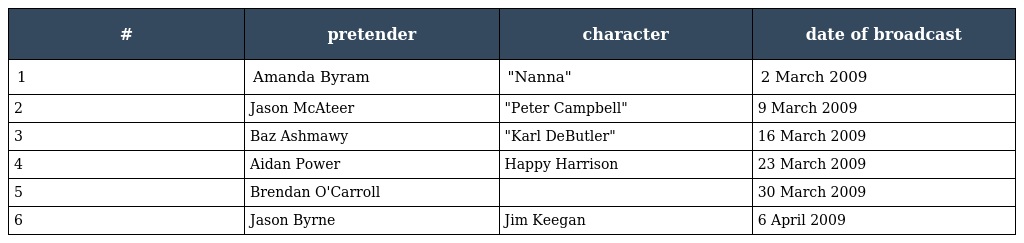
| # | pretender | character | date of broadcast |
 | --- | --- | --- | --- |
 | 1 | Amanda Byram | "Nanna" | 2 March 2009 |
 | 2 | Jason McAteer | "Peter Campbell" | 9 March 2009 |
 | 3 | Baz Ashmawy | "Karl DeButler" | 16 March 2009 |
 | 4 | Aidan Power | Happy Harrison | 23 March 2009 |
 | 5 | Brendan O'Carroll |  | 30 March 2009 |
 | 6 | Jason Byrne | Jim Keegan | 6 April 2009 |